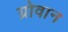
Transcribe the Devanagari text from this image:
ग्रोवान